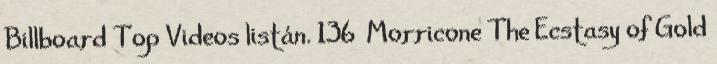
Billboard Top Videos listán. 136 Morricone The Ecstasy of Gold